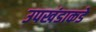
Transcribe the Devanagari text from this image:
उपखंडाकडे